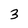
Character: 3